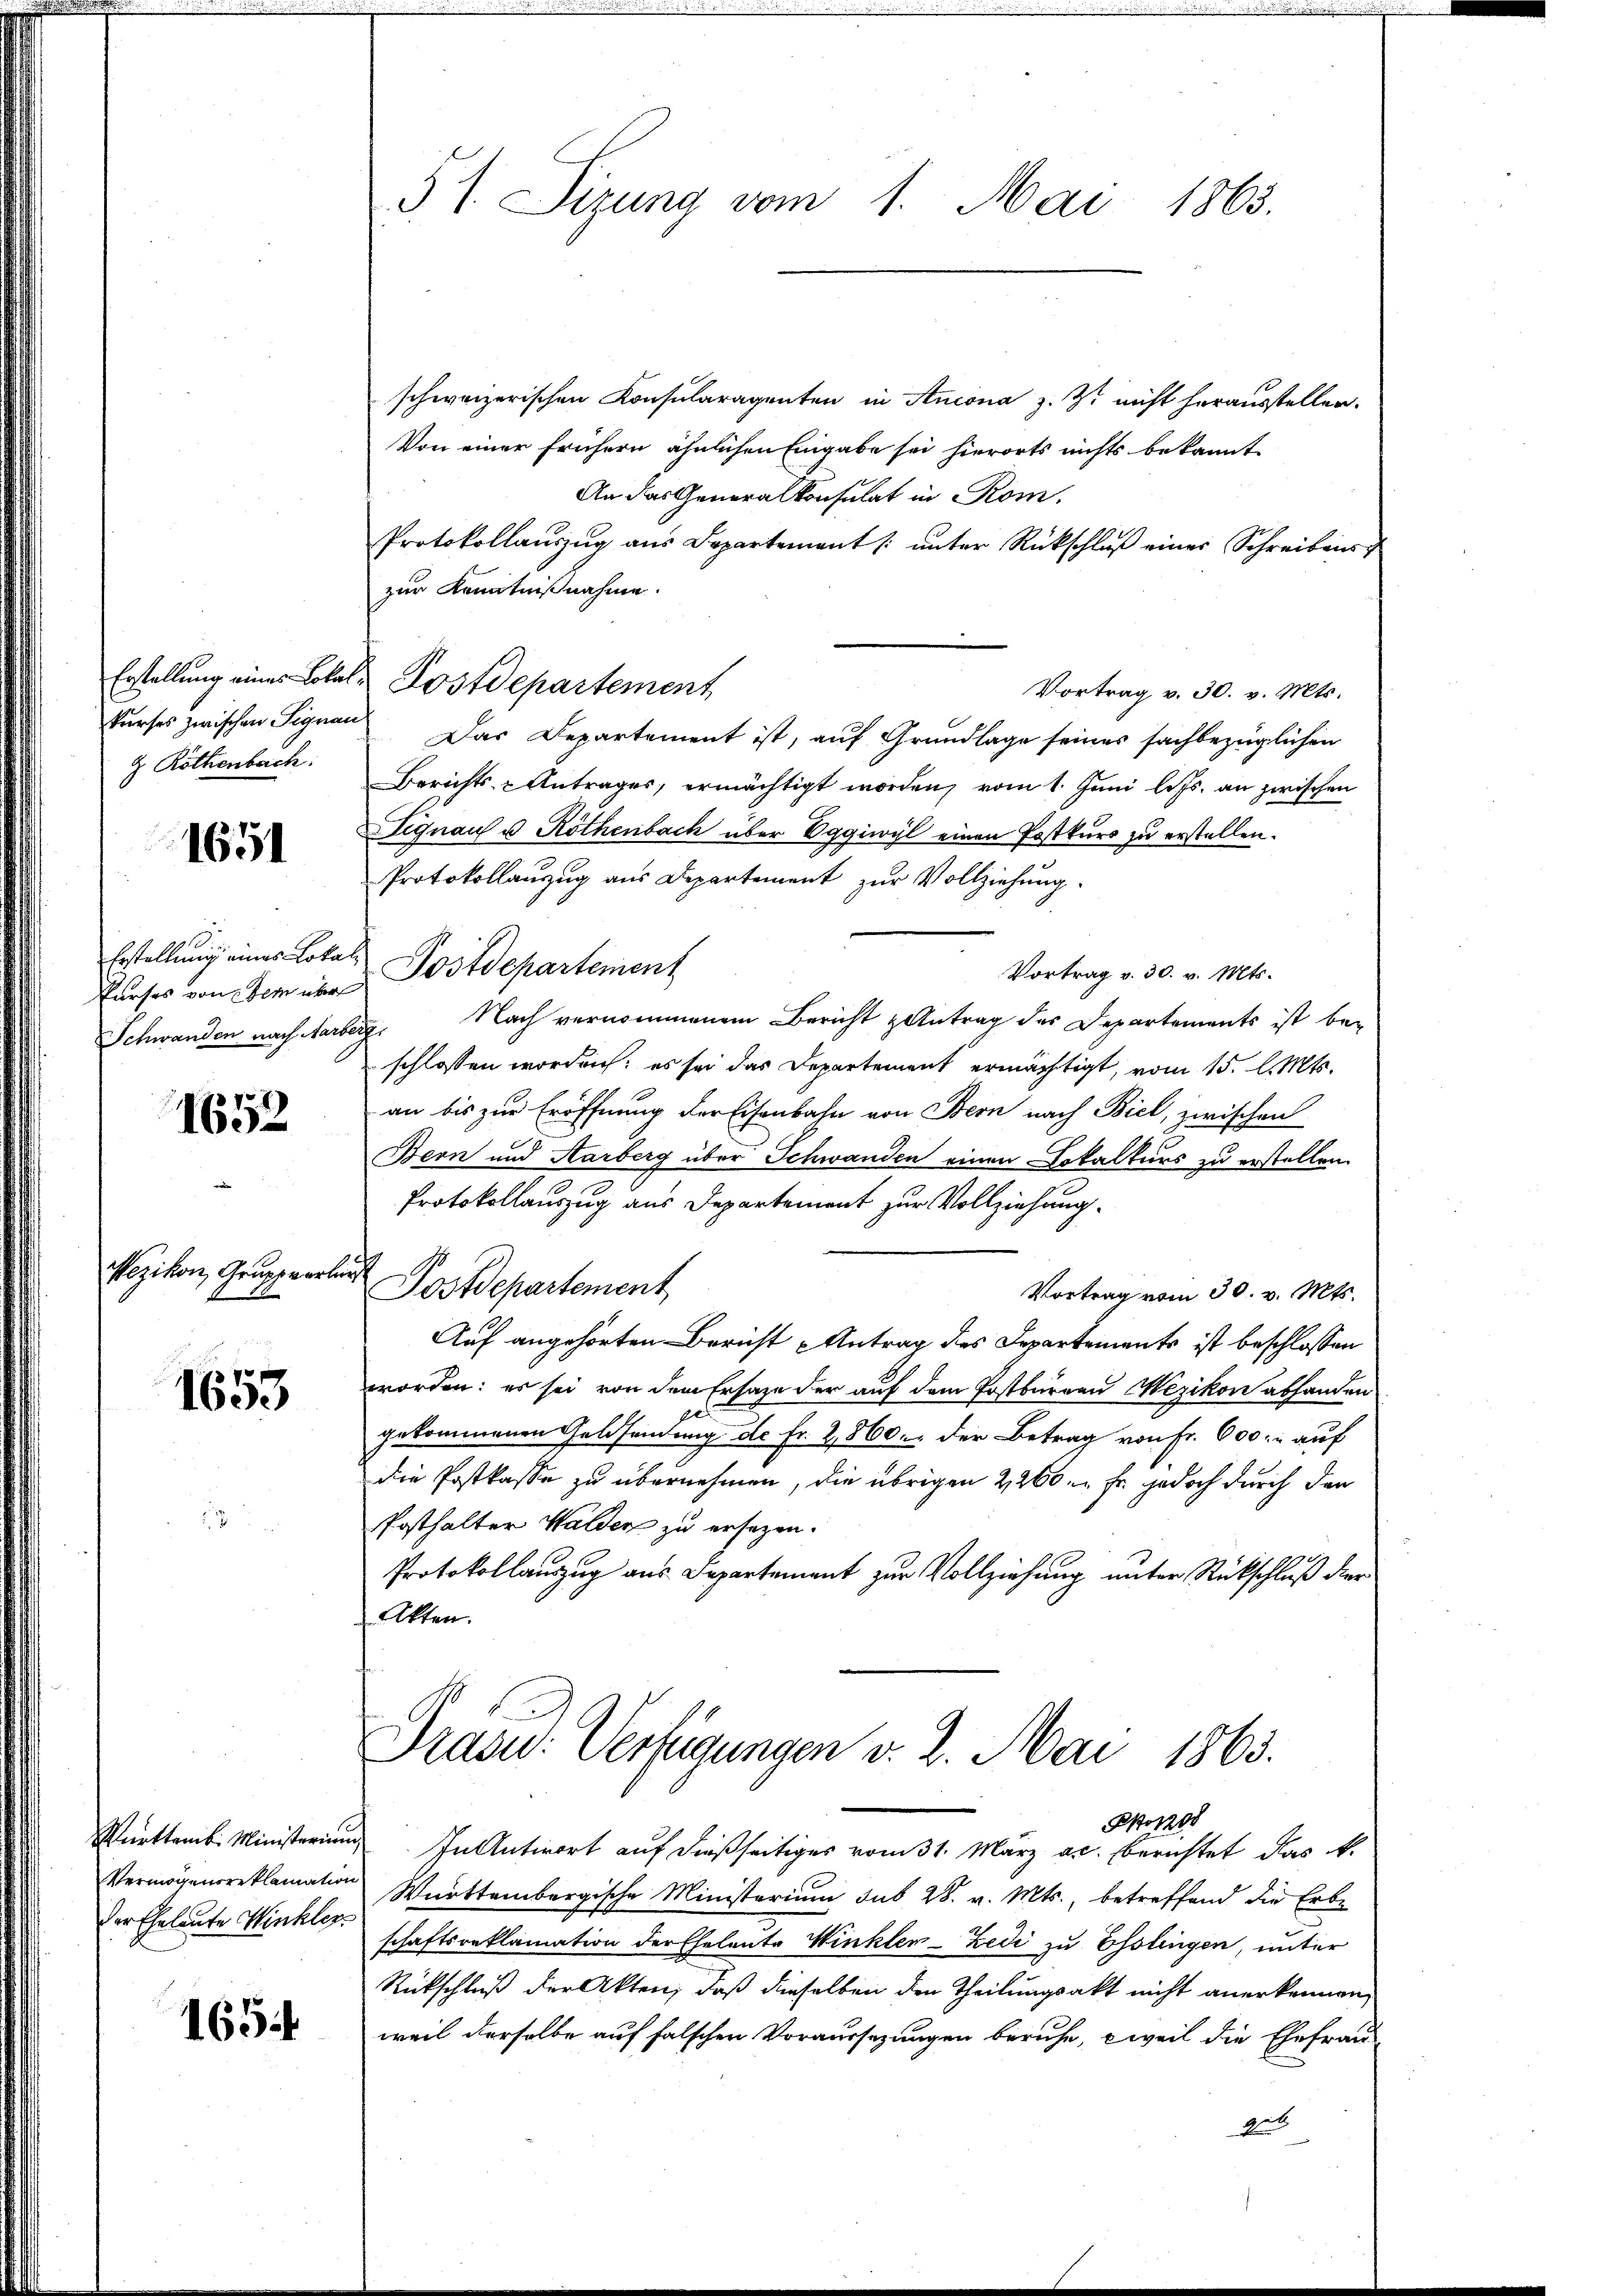
kurses zwischen Signau
t Rothenbach.

1651

Erstellung eines Lokali

1652

Wezikon, Gruppierter

1653

Württemb. Ministerium
Vermögensreklamation
der Eheleute Winkler

1654

§ 1. Sizung vom 1. Mai 1863.

schweizerischen Konsularagenten in Ancona z. Z. nicht herausstellen.
Von einer frühern ähnlichen Eingabe sei hierorts nichts bekannt
An das Generalkonsulat in Rom.
Protokollauszug aus Departement /: unter Rückschluß einer Schreibens
zur Kenntnißnahme.
Vortrag v. 30. v. Mts.
Das Departement ist, auf Grundlage seines sachbezüglichen
Berichts- & Antrages, ermächtigt worden, vom 1. Juni lets. an zwischen
Signau u Röthenbach über Eggiwyl einen Postkurs zu erstellen.
Protokollanzug aus Departement zur Vollziehung.
Vortrag v. 30. v. Mts.
Purses von der nur Postdepartement
Schwanden nach Aarberg. Nach vernommenem Bericht Antrag des Departements ist beschlossen worden; es sei das Departement ermächtigt, vom 15. l. Mts.
an bis zur Eröffnung der Eisenbahn von Bern nach Biel, zwischen
Bern und Aarberg über Schwanden einen Lokalkurs zu erstellen.
Protokollauszug aus Departement zur Vollziehung
ich
Postdepartement
Vortrag vom 30. v. Mts.
Auf angehörten Bericht Antrag des Departements ist beschlossen
worden: es sei von dem Ersaze der auf dem Postbureau Wezikon abhanden
gekommenen Geldsendung de Fr. 2860. der Betrag von Fr. 600. auf
die Postkasse zu übernehmen, die übrigen 2260. Fr. jedoch durch den
Posthalter Walden zu ersezen.
Protokollauszug aus Departement zur Vollziehung unter Rückschluß der
Atten.

Erstellung eines Lokal-Postdepartement

Präsid.: Verfügungen v. 2. Mai 1863.
Pforz

In Antwort auf dießseitiges vom 31. März ac. berichtet das k.
Württembergische Ministerium sub 28. v. Mts., betreffend die Erbe
schaftsreklamation der Eheleute Winkler-Zedi zu Esslingen, unter
Rückschluß der Akten, daß dieselben den Theilungsakt nicht anerkennen,
weil derselbe auf falschen Voraussezungen beruhe, weil die Ehefrau-
des